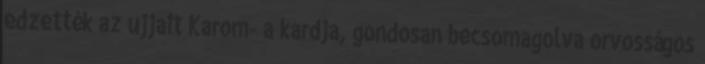
edzették az ujjait Karom- a kardja, gondosan becsomagolva orvosságos